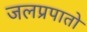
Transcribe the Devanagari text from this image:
जलप्रपातो